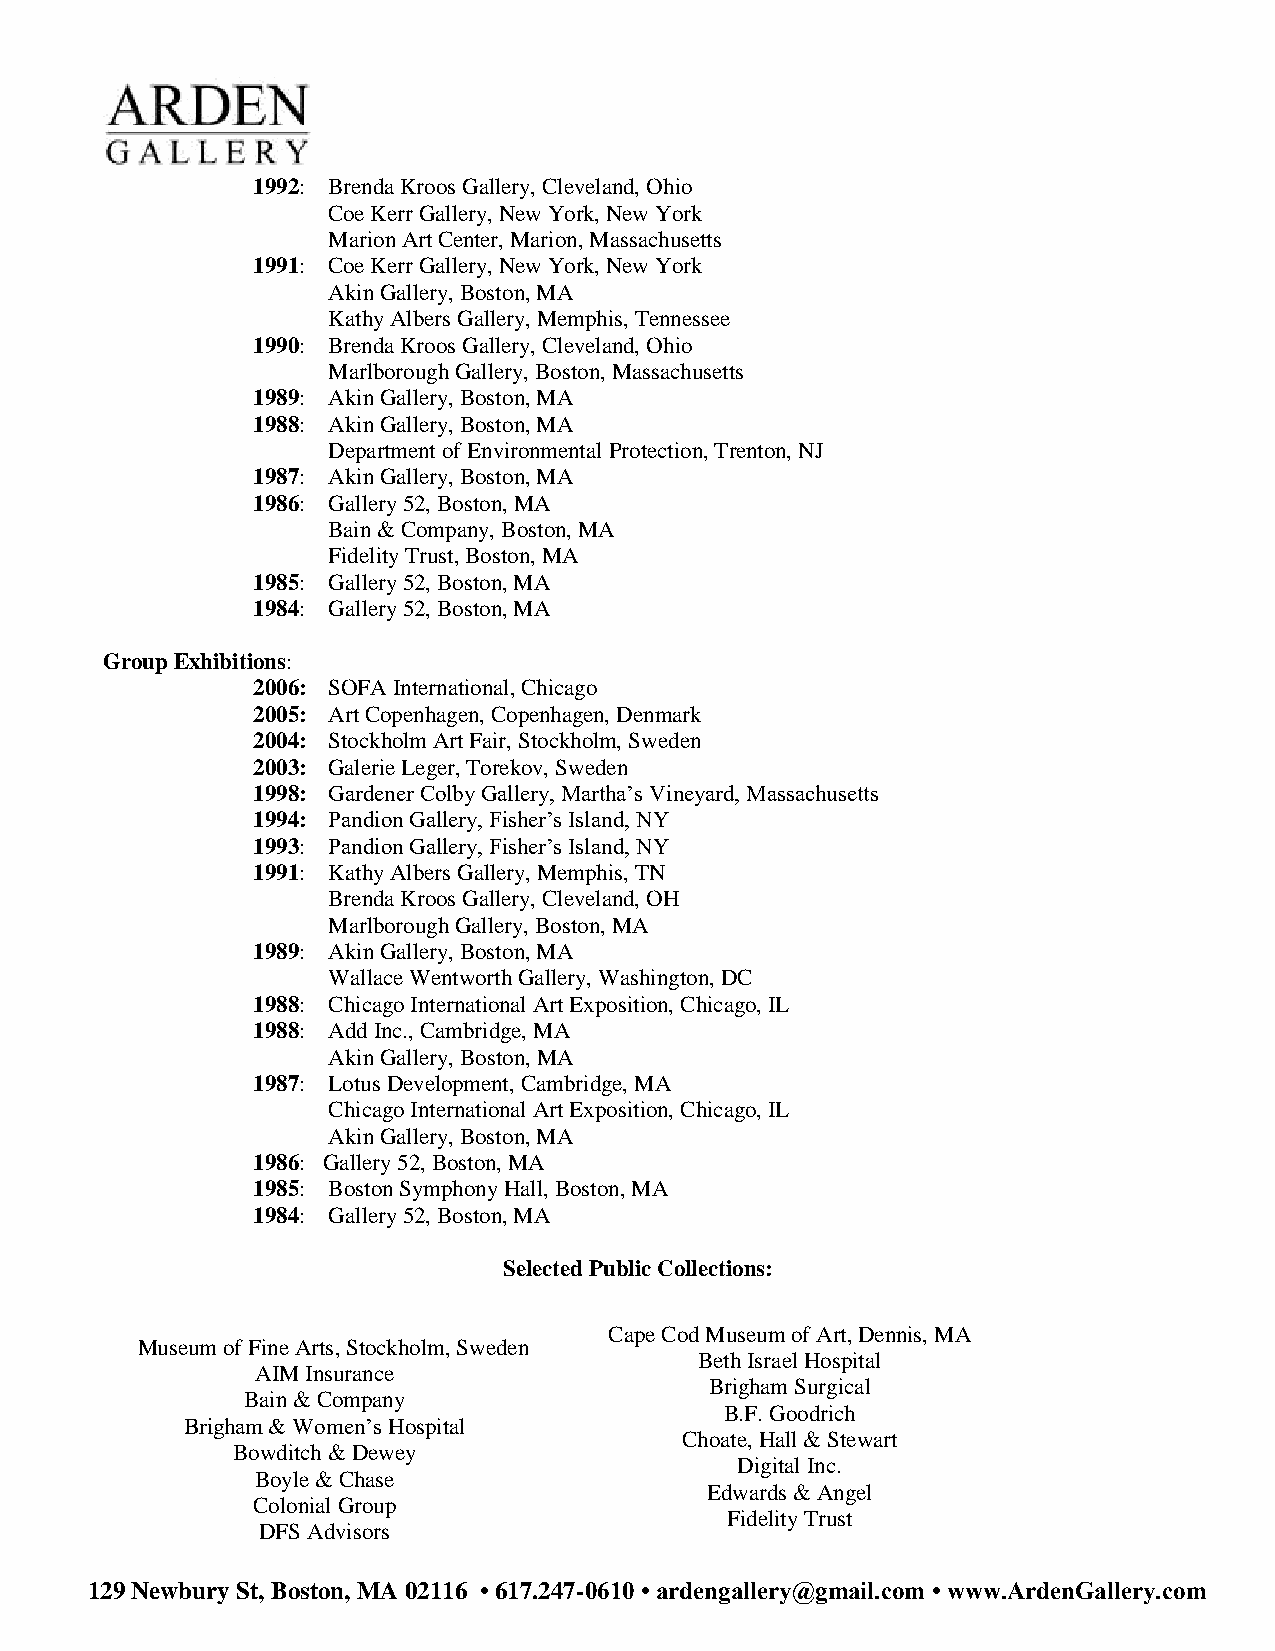
1992: Brenda Kroos Gallery, Cleveland, Ohio
 Coe Kerr Gallery, New York, New York
 Marion Art Center, Marion, Massachusetts
 1991: Coe Kerr Gallery, New York, New York
 Akin Gallery, Boston, MA
 Kathy Albers Gallery, Memphis, Tennessee
 1990: Brenda Kroos Gallery, Cleveland, Ohio
 Marlborough Gallery, Boston, Massachusetts
 1989: Akin Gallery, Boston, MA
 1988: Akin Gallery, Boston, MA
 Department of Environmental Protection, Trenton, NJ
 1987: Akin Gallery, Boston, MA
 1986: Gallery 52, Boston, MA
 Bain & Company, Boston, MA
 Fidelity Trust, Boston, MA
 1985: Gallery 52, Boston, MA
 1984: Gallery 52, Boston, MA
 Group Exhibitions:
 2006: SOFA International, Chicago
 2005: Art Copenhagen, Copenhagen, Denmark
 2004: Stockholm Art Fair, Stockholm, Sweden
 2003: Galerie Leger, Torekov, Sweden
 1998: Gardener Colby Gallery, Martha’s Vineyard, Massachusetts
 1994: Pandion Gallery, Fisher’s Island, NY
 1993: Pandion Gallery, Fisher’s Island, NY
 1991: Kathy Albers Gallery, Memphis, TN
 Brenda Kroos Gallery, Cleveland, OH
 Marlborough Gallery, Boston, MA
 1989: Akin Gallery, Boston, MA
 Wallace Wentworth Gallery, Washington, DC
 1988: Chicago International Art Exposition, Chicago, IL
 1988: Add Inc., Cambridge, MA
 Akin Gallery, Boston, MA
 1987: Lotus Development, Cambridge, MA
 Chicago International Art Exposition, Chicago, IL
 Akin Gallery, Boston, MA
 1986: Gallery 52, Boston, MA
 1985: Boston Symphony Hall, Boston, MA
 1984: Gallery 52, Boston, MA
 Selected Public Collections:
 Cape Cod Museum of Art, Dennis, MA
 Museum of Fine Arts, Stockholm, Sweden
 Beth Israel Hospital
 AIM Insurance
 Brigham Surgical
 Bain & Company
 B.F. Goodrich
 Brigham & Women’s Hospital
 Choate, Hall & Stewart
 Bowditch & Dewey
 Digital Inc.
 Boyle & Chase
 Edwards & Angel
 Colonial Group
 Fidelity Trust
 DFS Advisors
 129 Newbury St, Boston, MA 02116 • 617.247-0610 • ardengallery@gmail.com • www.ArdenGallery.com